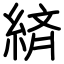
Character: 緕